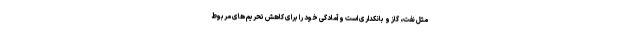
مثل نفت، گاز و بانکداری است و آمادگی خود را برای کاهش تحریم های مربوط